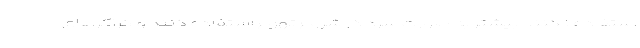
استفاده نکنند بیشتر به صورت سرد در شروع تهوع استفاده کنند و کراکرهای